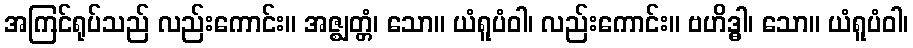
အကြင်ရုပ်သည် လည်းကောင်း။ အဇ္ဈတ္တံ၊ သော။ ယံရူပံဝါ၊ လည်းကောင်း။ ဗဟိဒ္ဓါ၊ သော။ ယံရူပံဝါ၊